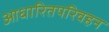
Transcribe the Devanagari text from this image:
आधारितपरिवहन